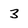
Character: 3